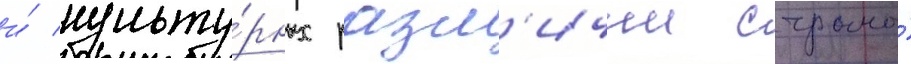
и́ культу́рных разл'ичии страны́